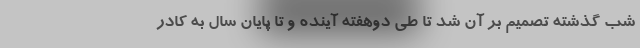
شب گذشته تصمیم بر آن شد تا طی دوهفته آینده و تا پایان سال به کادر